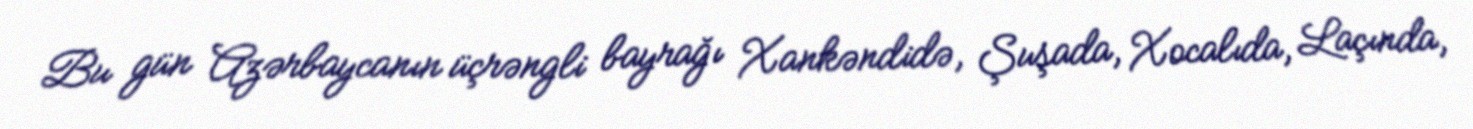
Bu gün Azərbaycanın üçrəngli bayrağı Xankəndidə, Şuşada, Xocalıda, Laçında,